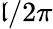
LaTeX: \mathfrak{l}/2\pi